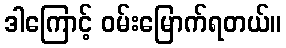
ဒါကြောင့် ဝမ်းမြောက်ရတယ်။